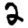
Digit: 2